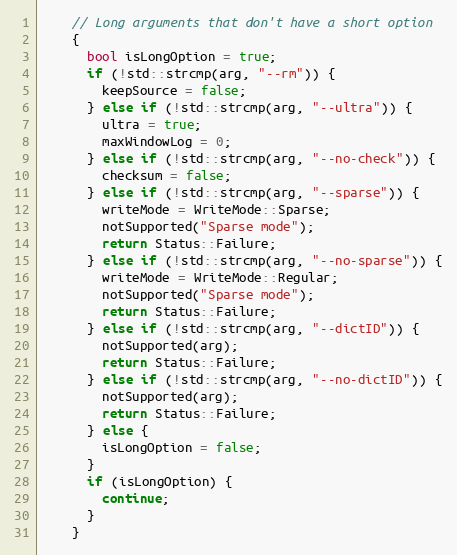
Language: C++
    // Long arguments that don't have a short option
    {
      bool isLongOption = true;
      if (!std::strcmp(arg, "--rm")) {
        keepSource = false;
      } else if (!std::strcmp(arg, "--ultra")) {
        ultra = true;
        maxWindowLog = 0;
      } else if (!std::strcmp(arg, "--no-check")) {
        checksum = false;
      } else if (!std::strcmp(arg, "--sparse")) {
        writeMode = WriteMode::Sparse;
        notSupported("Sparse mode");
        return Status::Failure;
      } else if (!std::strcmp(arg, "--no-sparse")) {
        writeMode = WriteMode::Regular;
        notSupported("Sparse mode");
        return Status::Failure;
      } else if (!std::strcmp(arg, "--dictID")) {
        notSupported(arg);
        return Status::Failure;
      } else if (!std::strcmp(arg, "--no-dictID")) {
        notSupported(arg);
        return Status::Failure;
      } else {
        isLongOption = false;
      }
      if (isLongOption) {
        continue;
      }
    }